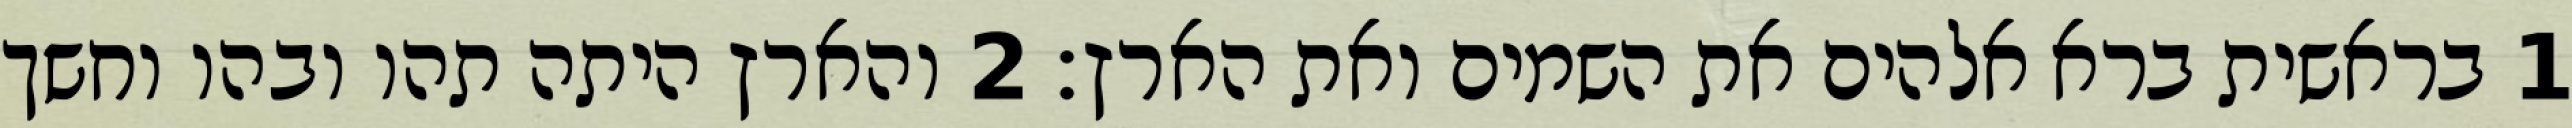
1 בראשית ברא אלהים את השמים ואת הארץ׃ ‎2‏ והארץ היתה תהו ובהו וחשך